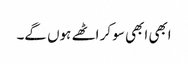
ابھی ابھی سو کر اٹھے ہوں گے۔